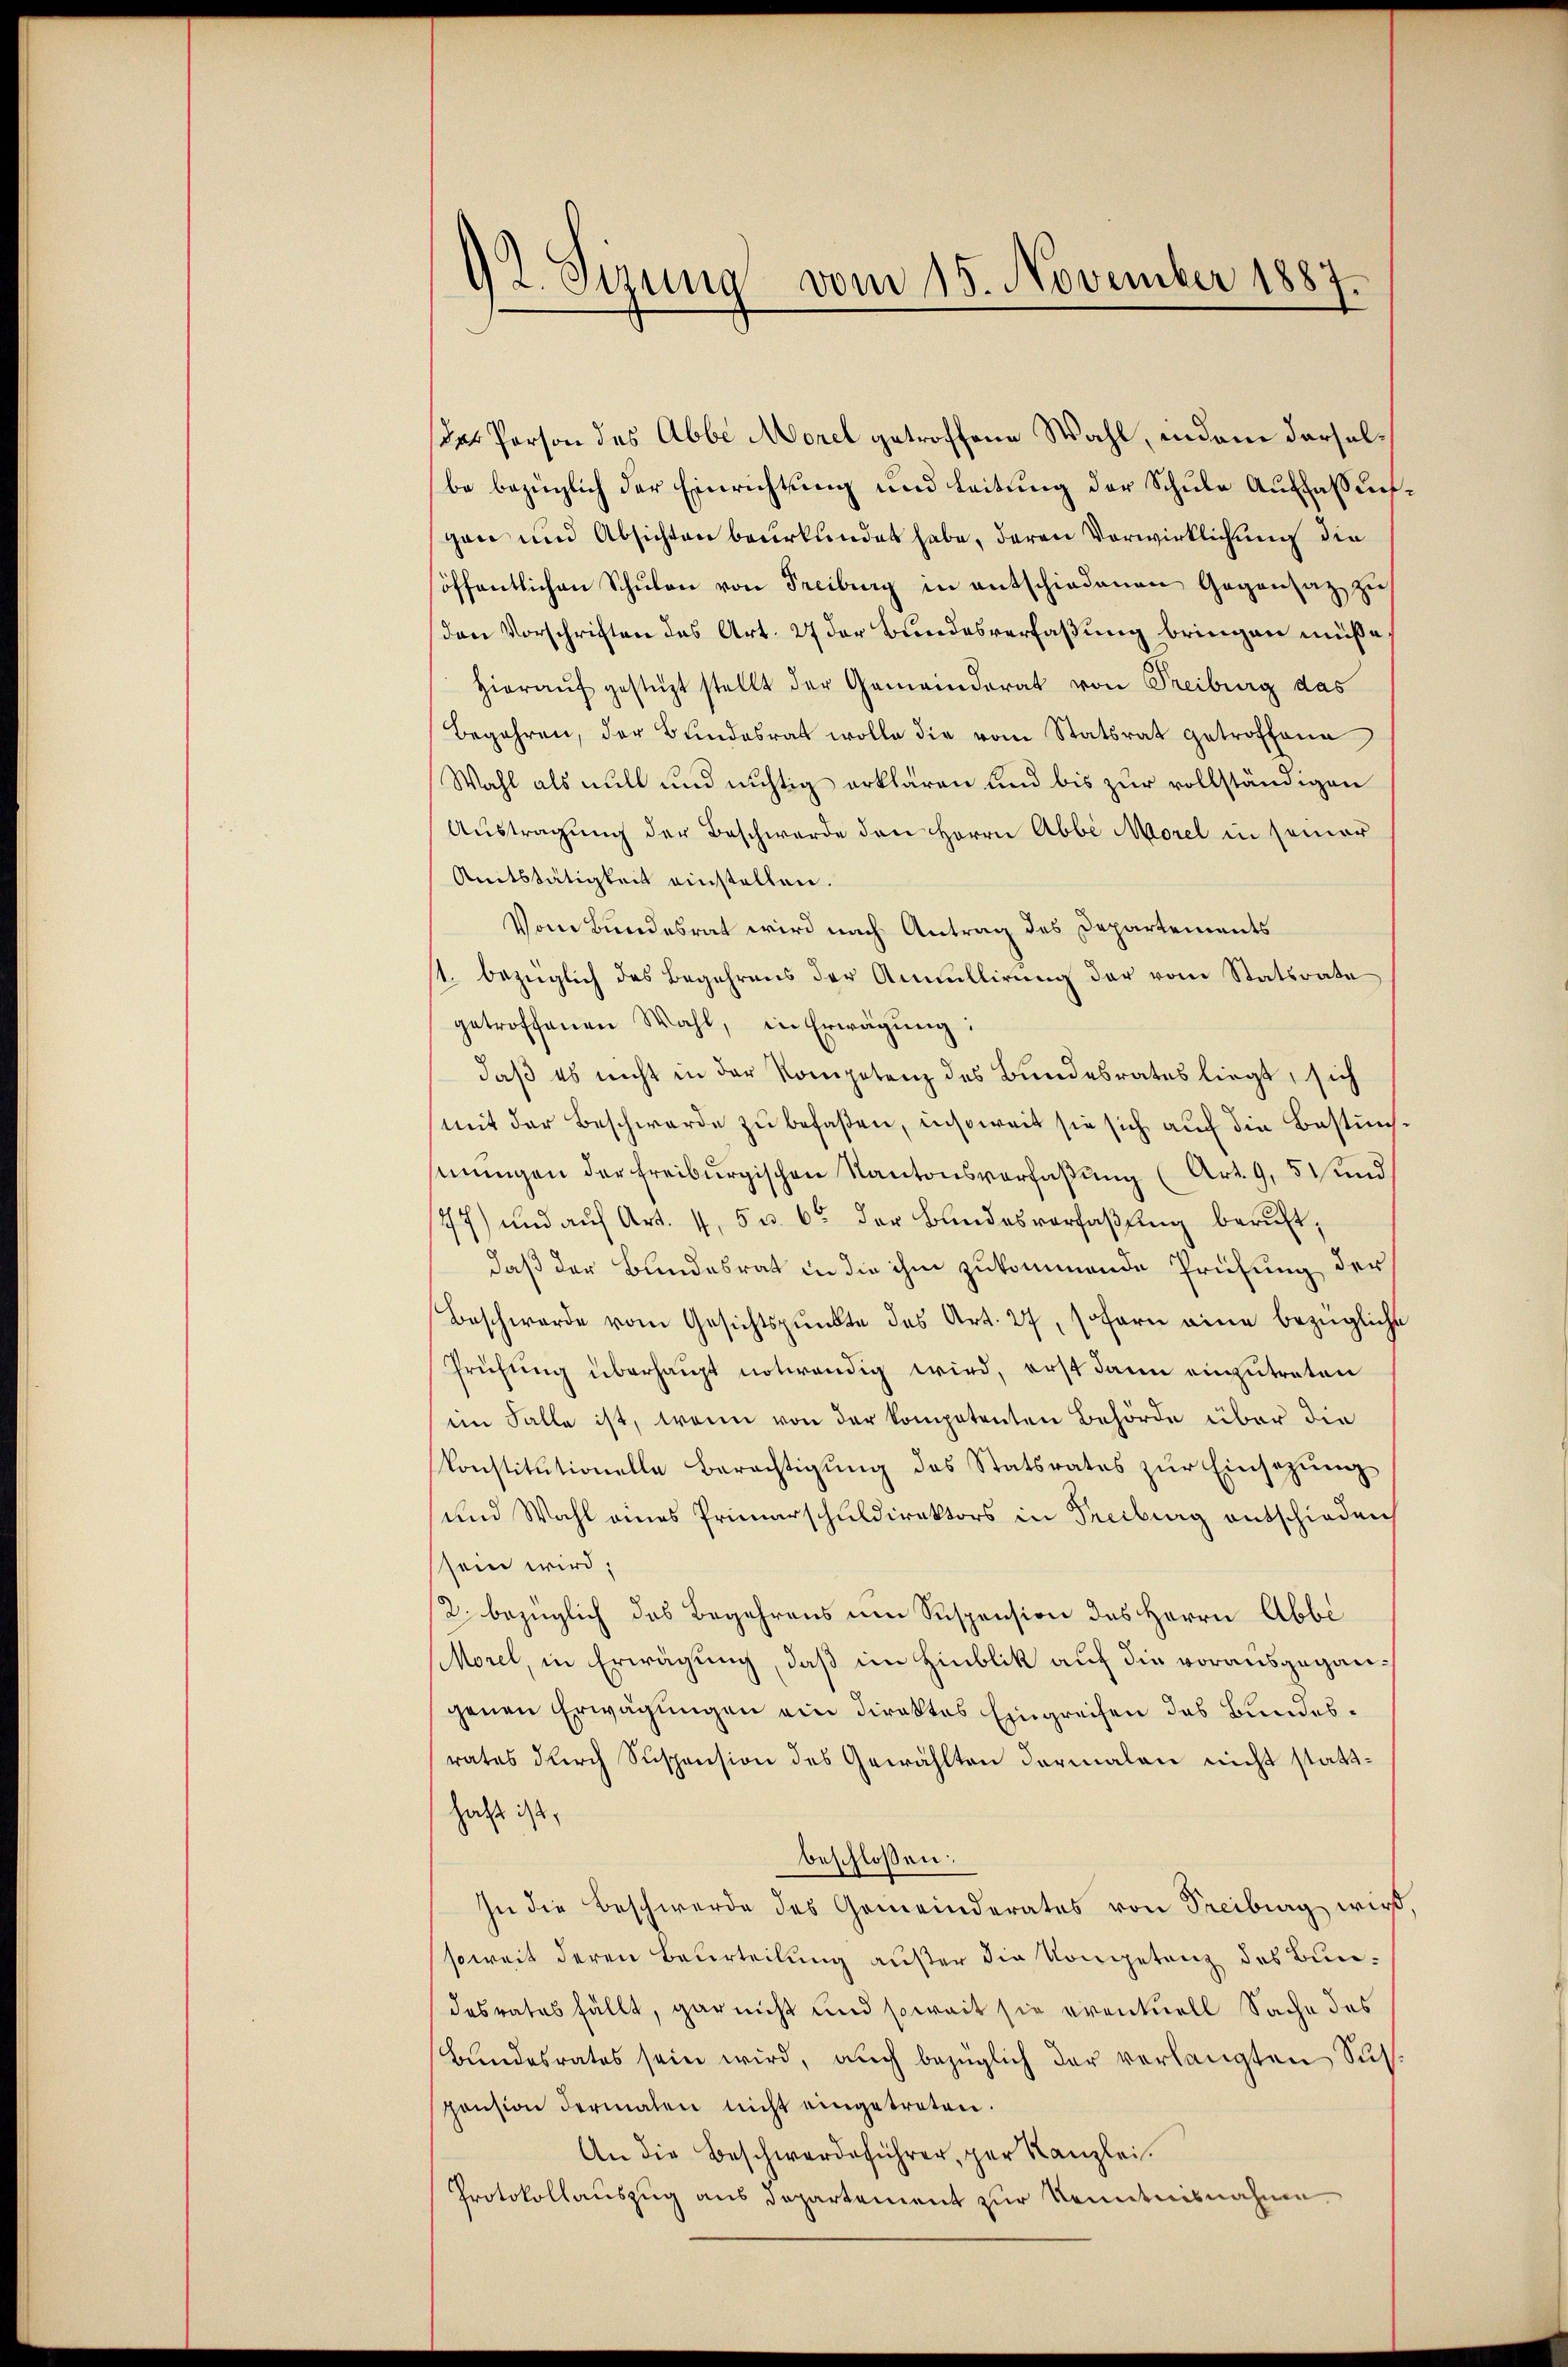
92. Sizung vom 15. November 1887.

das Person des Abbe Morel getroffene Wahl, indem derselbe bezüglich der Einrichtŭng und Leitŭng der Schŭle Auffassung.
gen und Absichten beurkundet habe, deren Vorwirklichung die
öffentlichen Schŭlan von Freiburg in entschiedenen Gegensatz zu
den Vorschriften des Art. 27 der Bundesverfaßung bringen müße
hieraŭf gestüzt stellt der Gemeinderat von Freiburg das
Begehren, der Bundesrat wolle die vom Statsrat getroffene
Wahl als will und nichtig erklären und bis zur vollständigen
Austragung der Beschwerde den Herrn Abbe Morel in seiner
Amtstätigkeit einstellen.
Vom Bundesrat wird nach Antrag des Departements
11. bezüglich des Begehrens der Annullirung der vom Statsrate
getroffenen Wahl, in Erwägŭng:
daß es nicht in der Kompetenz des Bundesrates liegt, sich
mit der Beschwerde zu befaßen, insoweit sie sich auch die Bestimmŭngen der freiburgischen Kantonsverfaßung (Art. 9, 5 und
77) und auf Art. 4, 5 u. 66 der Bundesverfaßung beruft,
daß der Bundesrat in die ihm zukommende Prüfung der
Beschwerde vom Gesichtspunkte des Art. 27, sofern eine bezügliche
Prüfung überhaupt notwendig wird, erst dann einzutreten
im Falle ist, wenn von der kompetenten Behörde über die
konstitutionelle Berechtigung des Statsrates zur Einsezung
und Wahl eines Primarschuldirektors in Freiburg entschieden
sein wird;
/2 bezüglich das Begehrens um Suspension des Herrn Abbe
Morel, in Erwägung, daß im Hinblik auf die vorausgegangenen Erwägungen ein Direktes Eingreifen das Bundesrates durch Suspension des Gewählten dermalen nicht statthaft ist,
beschlossen:
In die Beschwerde des Gemeinderates von Freiburg wird
soweit deren Beurteilung außer die Kongetanz des Bundesrates fällt, gar nicht und soweit sie eventuell Sache des
Bŭndesrates sein wird, auch bezüglich der verlangten Sus
pension dermalen nicht eingetreten.
An die Beschwerdeführer, per Kanzlei.
Protokollauszug aus Departement zur Kenntnisnahme